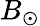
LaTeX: B_{\odot}